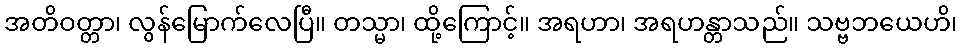
အတိဝတ္တာ၊ လွန်မြောက်လေပြီ။ တသ္မာ၊ ထို့ကြောင့်။ အရဟာ၊ အရဟန္တာသည်။ သဗ္ဗဘယေဟိ၊